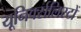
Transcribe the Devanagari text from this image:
यूनिवर्सलिस्टों